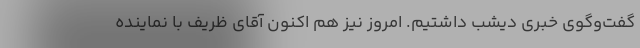
گفت‌وگوی خبری دیشب داشتیم. امروز نیز هم اکنون آقای ظریف با نماینده